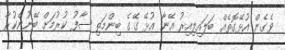
ވެގެން އުޅޭގޮތެއް ބަލައިލިއިރު އޭނާ އުޅޭ ގޭގެ ބިންމަތި ސާފު ކުރުމަށް ބޭނުންކުރާ